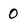
Character: O